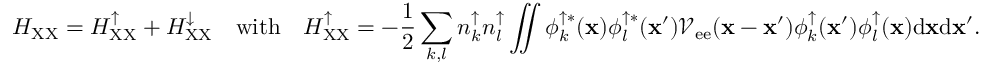
H _ { \mathrm { X X } } = H _ { \mathrm { X X } } ^ { \uparrow } + H _ { \mathrm { X X } } ^ { \downarrow } \quad \mathrm { w i t h } \quad H _ { \mathrm { X X } } ^ { \uparrow } = - \frac { 1 } { 2 } \sum _ { k , l } n _ { k } ^ { \uparrow } n _ { l } ^ { \uparrow } \iint \phi _ { k } ^ { \uparrow * } ( { \bf x } ) \phi _ { l } ^ { \uparrow * } ( { \bf x } ^ { \prime } ) \mathcal { V } _ { \mathrm { e e } } ( { \bf x } - { \bf x } ^ { \prime } ) \phi _ { k } ^ { \uparrow } ( { \bf x } ^ { \prime } ) \phi _ { l } ^ { \uparrow } ( { \bf x } ) \mathrm { d } { \bf x } \mathrm { d } { \bf x } ^ { \prime } .